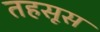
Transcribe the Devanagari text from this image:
तहसूस